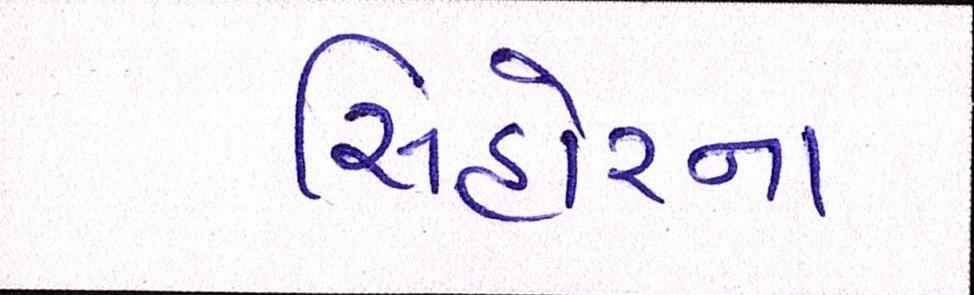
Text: સિહોરના